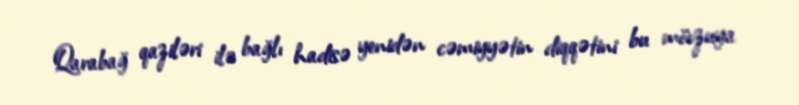
Qarabağ qaziləri ilə bağlı hadisə yenidən cəmiyyətin diqqətini bu mövzuya